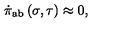
\dot { \pi } _ { \mathrm { a b } } \left( \sigma , \tau \right) \approx 0 ,